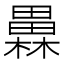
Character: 𤳥